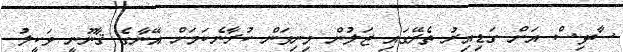
ސާޅިސް އަށް ގަޑިއިރު ތެރޭގައި ޖަލުން މިނިވަން ކުރާނެކަމަށް އޭނާގެ ޤާނޫނީ ވަކީލު